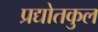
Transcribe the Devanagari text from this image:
प्रद्योतकुल